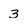
Character: 3